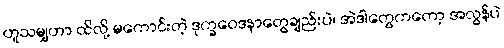
ဟူသမျှဟာ ထိလို့ မကောင်းတဲ့ ဒုက္ခဝေဒနာတွေချည်းပဲ၊ အဲဒါတွေကတော့ အလွန်ပဲ